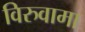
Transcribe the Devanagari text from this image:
विरुवामा